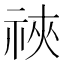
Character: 𫀋